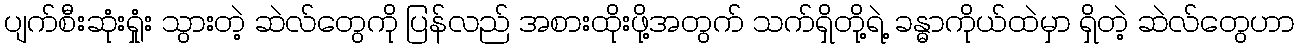
ပျက်စီးဆုံးရှုံး သွားတဲ့ ဆဲလ်တွေကို ပြန်လည် အစားထိုးဖို့အတွက် သက်ရှိတို့ရဲ့ ခန္ဓာကိုယ်ထဲမှာ ရှိတဲ့ ဆဲလ်တွေဟာ